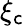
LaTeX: \xi_{\mathsf{c}}